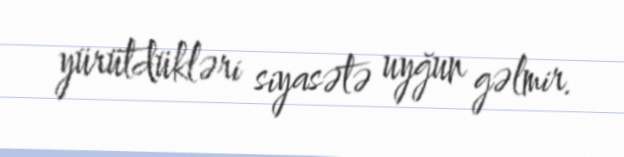
yürütdükləri siyasətə uyğun gəlmir.